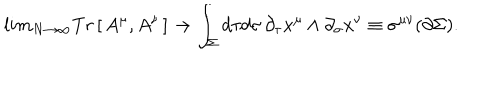
LaTeX: l i m _ { N \rightarrow \infty } T r \left[ \, A ^ { \mu } , A ^ { \nu } \, \right] \rightarrow \int _ { \Sigma } d \tau d \sigma \, \partial _ { \tau } x ^ { \mu } \wedge \partial _ { \sigma } x ^ { \nu } \equiv \sigma ^ { \mu \nu } ( \partial \Sigma ) .